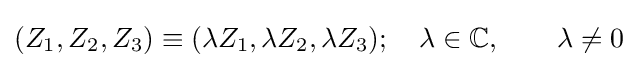
(Z_{1},Z_{2},Z_{3})\equiv (\lambda Z_{1},\lambda Z_{2},\lambda Z_{3});\quad \lambda \in \mathbb {C} ,\qquad \lambda \neq 0